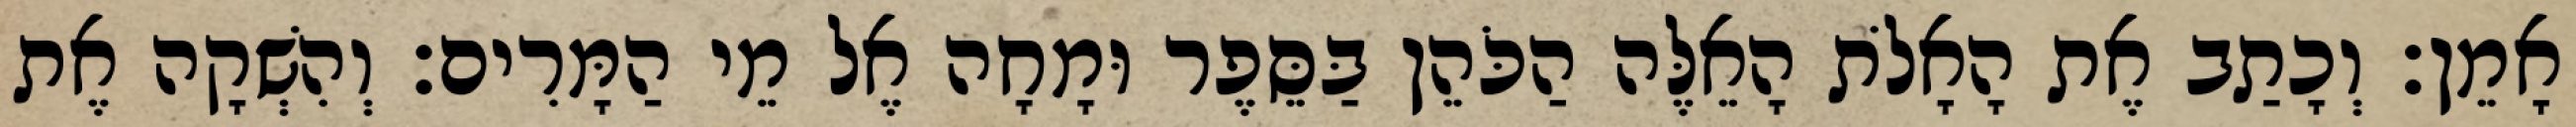
אָמֵן׃ וְכָתַב אֶת הָאָלֹת הָאֵלֶּה הַכֹּהֵן בַּסֵּפֶר וּמָחָה אֶל מֵי הַמָּרִים׃ וְהִשְׁקָה אֶת